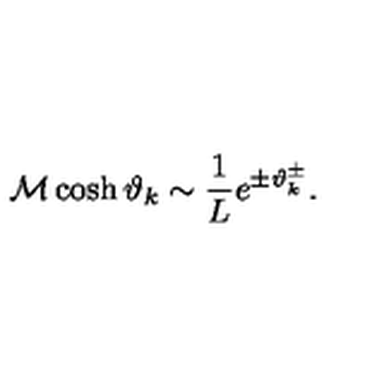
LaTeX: { \cal M } \cosh \vartheta _ { k } \sim \displaystyle \frac { 1 } { L } e ^ { \pm \vartheta _ { k } ^ { \pm } } .